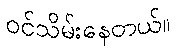
ဝင်သိမ်းနေတယ်။